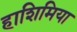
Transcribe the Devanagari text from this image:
हाशिमिया